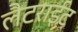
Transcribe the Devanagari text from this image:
लैटराईट